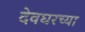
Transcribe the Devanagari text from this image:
देवघरच्या